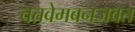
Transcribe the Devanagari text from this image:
चतवेमबनजवत